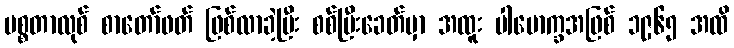
မစ္စတာလုစ် စာတော်ဖတ် ဖြစ်လာခဲ့ပြီး စစ်ပြီးခေတ်မှာ အထူး ပါမောက္ခအဖြစ် ၁၉၆၅ အထိ